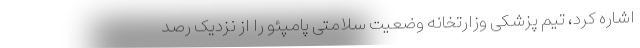
اشاره کرد، تیم پزشکی وزارتخانه وضعیت سلامتی پامپئو را از نزدیک رصد